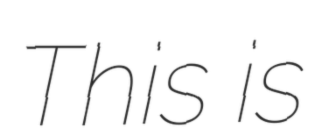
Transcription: This is